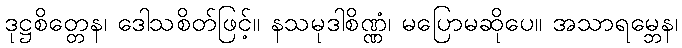
ဒုဋ္ဌစိတ္တေန၊ ဒေါသစိတ်ဖြင့်။ နသမုဒါစိဏ္ဏံ၊ မပြောမဆိုပေ။ အသာရမ္ဘေန၊